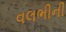
વલભીની